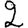
Digit: 2